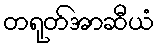
တရုတ်အာဆီယံ